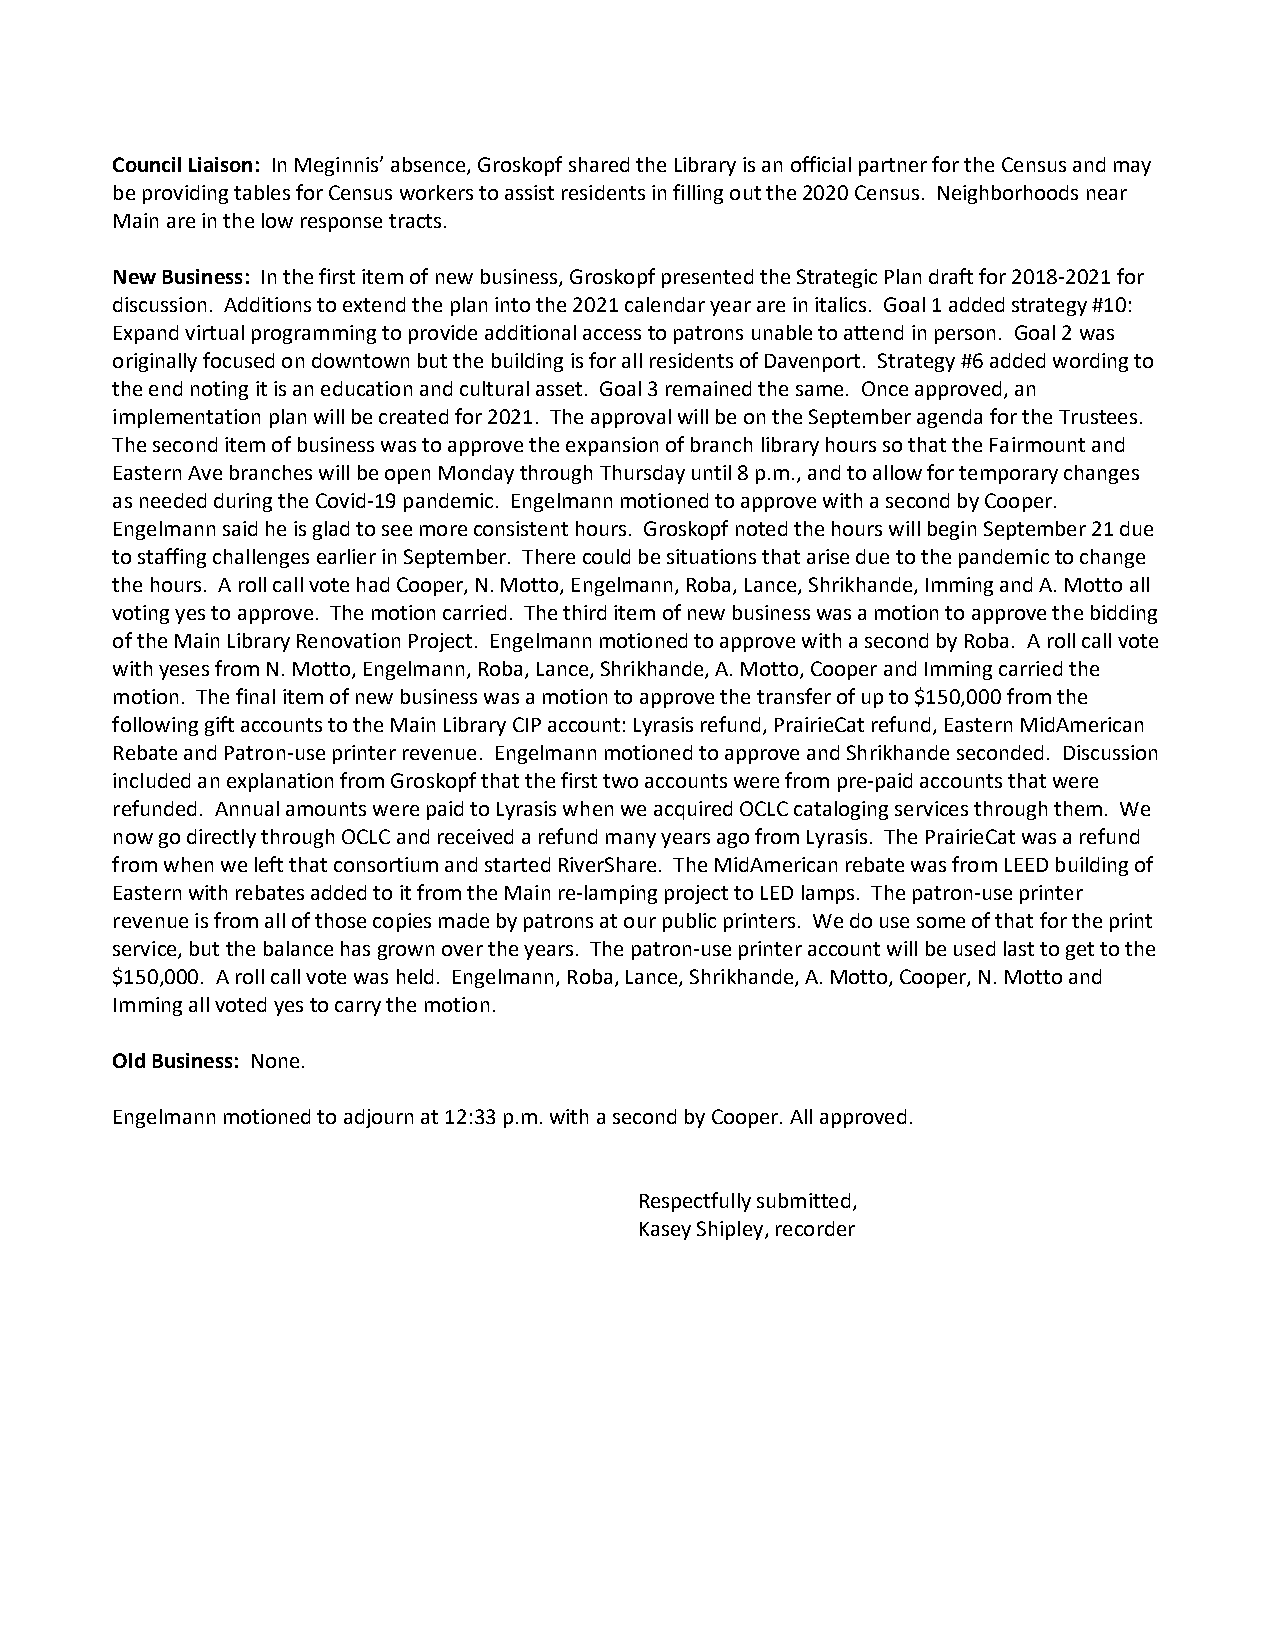
Council Liaison: In Meginnis’ absence, Groskopf shared the Library is an official partner for the Census and may
 be providing tables for Census workers to assist residents in filling out the 2020 Census. Neighborhoods near
 Main are in the low response tracts.
 New Business: In the first item of new business, Groskopf presented the Strategic Plan draft for 2018-2021 for
 discussion. Additions to extend the plan into the 2021 calendar year are in italics. Goal 1 added strategy #10:
 Expand virtual programming to provide additional access to patrons unable to attend in person. Goal 2 was
 originally focused on downtown but the building is for all residents of Davenport. Strategy #6 added wording to
 the end noting it is an education and cultural asset. Goal 3 remained the same. Once approved, an
 implementation plan will be created for 2021. The approval will be on the September agenda for the Trustees.
 The second item of business was to approve the expansion of branch library hours so that the Fairmount and
 Eastern Ave branches will be open Monday through Thursday until 8 p.m., and to allow for temporary changes
 as needed during the Covid-19 pandemic. Engelmann motioned to approve with a second by Cooper.
 Engelmann said he is glad to see more consistent hours. Groskopf noted the hours will begin September 21 due
 to staffing challenges earlier in September. There could be situations that arise due to the pandemic to change
 the hours. A roll call vote had Cooper, N. Motto, Engelmann, Roba, Lance, Shrikhande, Imming and A. Motto all
 voting yes to approve. The motion carried. The third item of new business was a motion to approve the bidding
 of the Main Library Renovation Project. Engelmann motioned to approve with a second by Roba. A roll call vote
 with yeses from N. Motto, Engelmann, Roba, Lance, Shrikhande, A. Motto, Cooper and Imming carried the
 motion. The final item of new business was a motion to approve the transfer of up to $150,000 from the
 following gift accounts to the Main Library CIP account: Lyrasis refund, PrairieCat refund, Eastern MidAmerican
 Rebate and Patron-use printer revenue. Engelmann motioned to approve and Shrikhande seconded. Discussion
 included an explanation from Groskopf that the first two accounts were from pre-paid accounts that were
 refunded. Annual amounts were paid to Lyrasis when we acquired OCLC cataloging services through them. We
 now go directly through OCLC and received a refund many years ago from Lyrasis. The PrairieCat was a refund
 from when we left that consortium and started RiverShare. The MidAmerican rebate was from LEED building of
 Eastern with rebates added to it from the Main re-lamping project to LED lamps. The patron-use printer
 revenue is from all of those copies made by patrons at our public printers. We do use some of that for the print
 service, but the balance has grown over the years. The patron-use printer account will be used last to get to the
 $150,000. A roll call vote was held. Engelmann, Roba, Lance, Shrikhande, A. Motto, Cooper, N. Motto and
 Imming all voted yes to carry the motion.
 Old Business: None.
 Engelmann motioned to adjourn at 12:33 p.m. with a second by Cooper. All approved.
 Respectfully submitted,
 Kasey Shipley, recorder